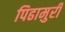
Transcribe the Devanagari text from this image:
पिढामुरी